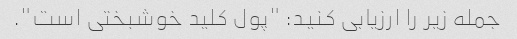
جمله زیر را ارزیابی کنید: "پول کلید خوشبختی است".